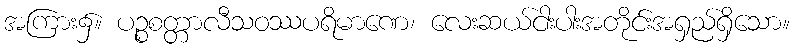
အကြား၌။ ပဉ္စစတ္တာလီသဝဿပရိမာဏေ၊ လေးဆယ်ငါးပါးအတိုင်းအရှည်ရှိသော။